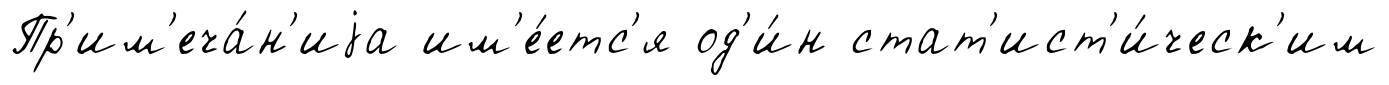
Пр'им'еча́н'иjа им'е́етс'я од'и́н стат'ист'и́ческ'им